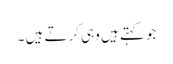
جو کہتے ہیں وہی کرتے ہیں ۔